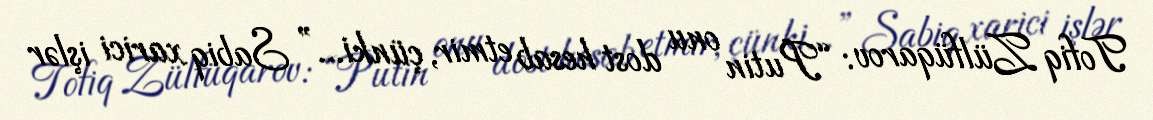
Tofiq Zülfüqarov: “Putin onu dost hesab etmir, çünki...” Sabiq xarici işlər